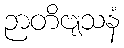
ဉာတိဗျသနံ